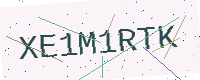
Text: XE1M1RTK